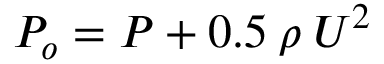
P _ { o } = P + 0 . 5 \: \rho \: U ^ { 2 }